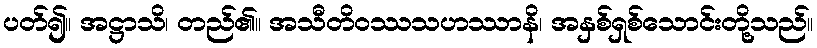
ပတ်၍။ အဋ္ဌာသိ၊ တည်၏။ အသီတိဝဿသဟဿာနိ၊ အနှစ်ရှစ်သောင်းတို့သည်။